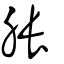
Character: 脹